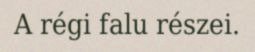
A régi falu részei.